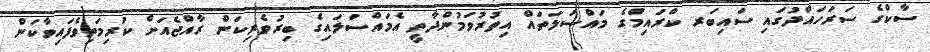
ސާކްގެ ސަރަހައްދުގައި ސައިބަރ ކްރައިމްގެ މައްސަލަތައް އިތުރުވަމުންދާތީ އެމައްސަލައިގެ ބިރުވެރިކަން ރާއްޖެއަށް ކުރިމަތިވެފައިވާކަން